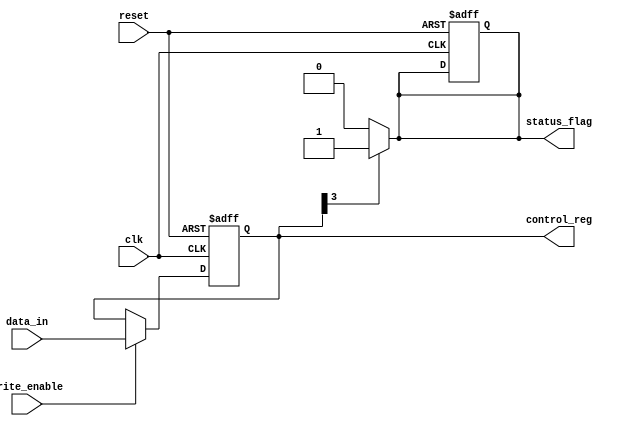
module ControlRegister (
    input wire clk,                // Clock signal
    input wire reset,              // Synchronous reset signal
    input wire write_enable,       // Write enable signal
    input wire [7:0] data_in,      // Data input for the register
    output reg [7:0] control_reg,  // Control register output
    output reg status_flag         // Status flag output
);

// Define constants for mode selection
localparam MODE_NORMAL = 2'b00;
localparam MODE_TEST   = 2'b01;
localparam MODE_STANDBY = 2'b10;

// Internal signals for mode selection and enable/disable bits
reg [1:0] mode_select;          // Mode selection bits
reg enable_feature;             // Enable/disable feature bit

// Sequential logic for Control Register
always @(posedge clk or posedge reset) begin
    if (reset) begin
        // Reset the control register to a known state
        control_reg <= 8'b00000000;  // Default state
        status_flag <= 1'b0;          // Clear status flag
    end else if (write_enable) begin
        // Update the control register with new data
        control_reg <= data_in;
    end
end

// Output logic for status flag and mode selection
always @(control_reg) begin
    // Extract mode selection and enable feature bits from control register
    mode_select = control_reg[1:0]; // Assuming lower 2 bits are mode selection
    enable_feature = control_reg[2]; // Assuming the next bit controls a feature

    // Set status flag based on some condition (example condition)
    if (control_reg[3]) begin
        status_flag = 1'b1; // Set status flag if bit 3 is set
    end else begin
        status_flag = 1'b0; // Clear status flag otherwise
    end
end

endmodule